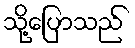
သို့ပြောသည်